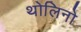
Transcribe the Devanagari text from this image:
थोलिनो